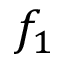
f _ { 1 }